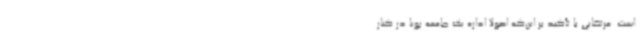
است. مرتضایی با تأکید بر این‌که اصولاً اداره یک جامعه پویا در کنار